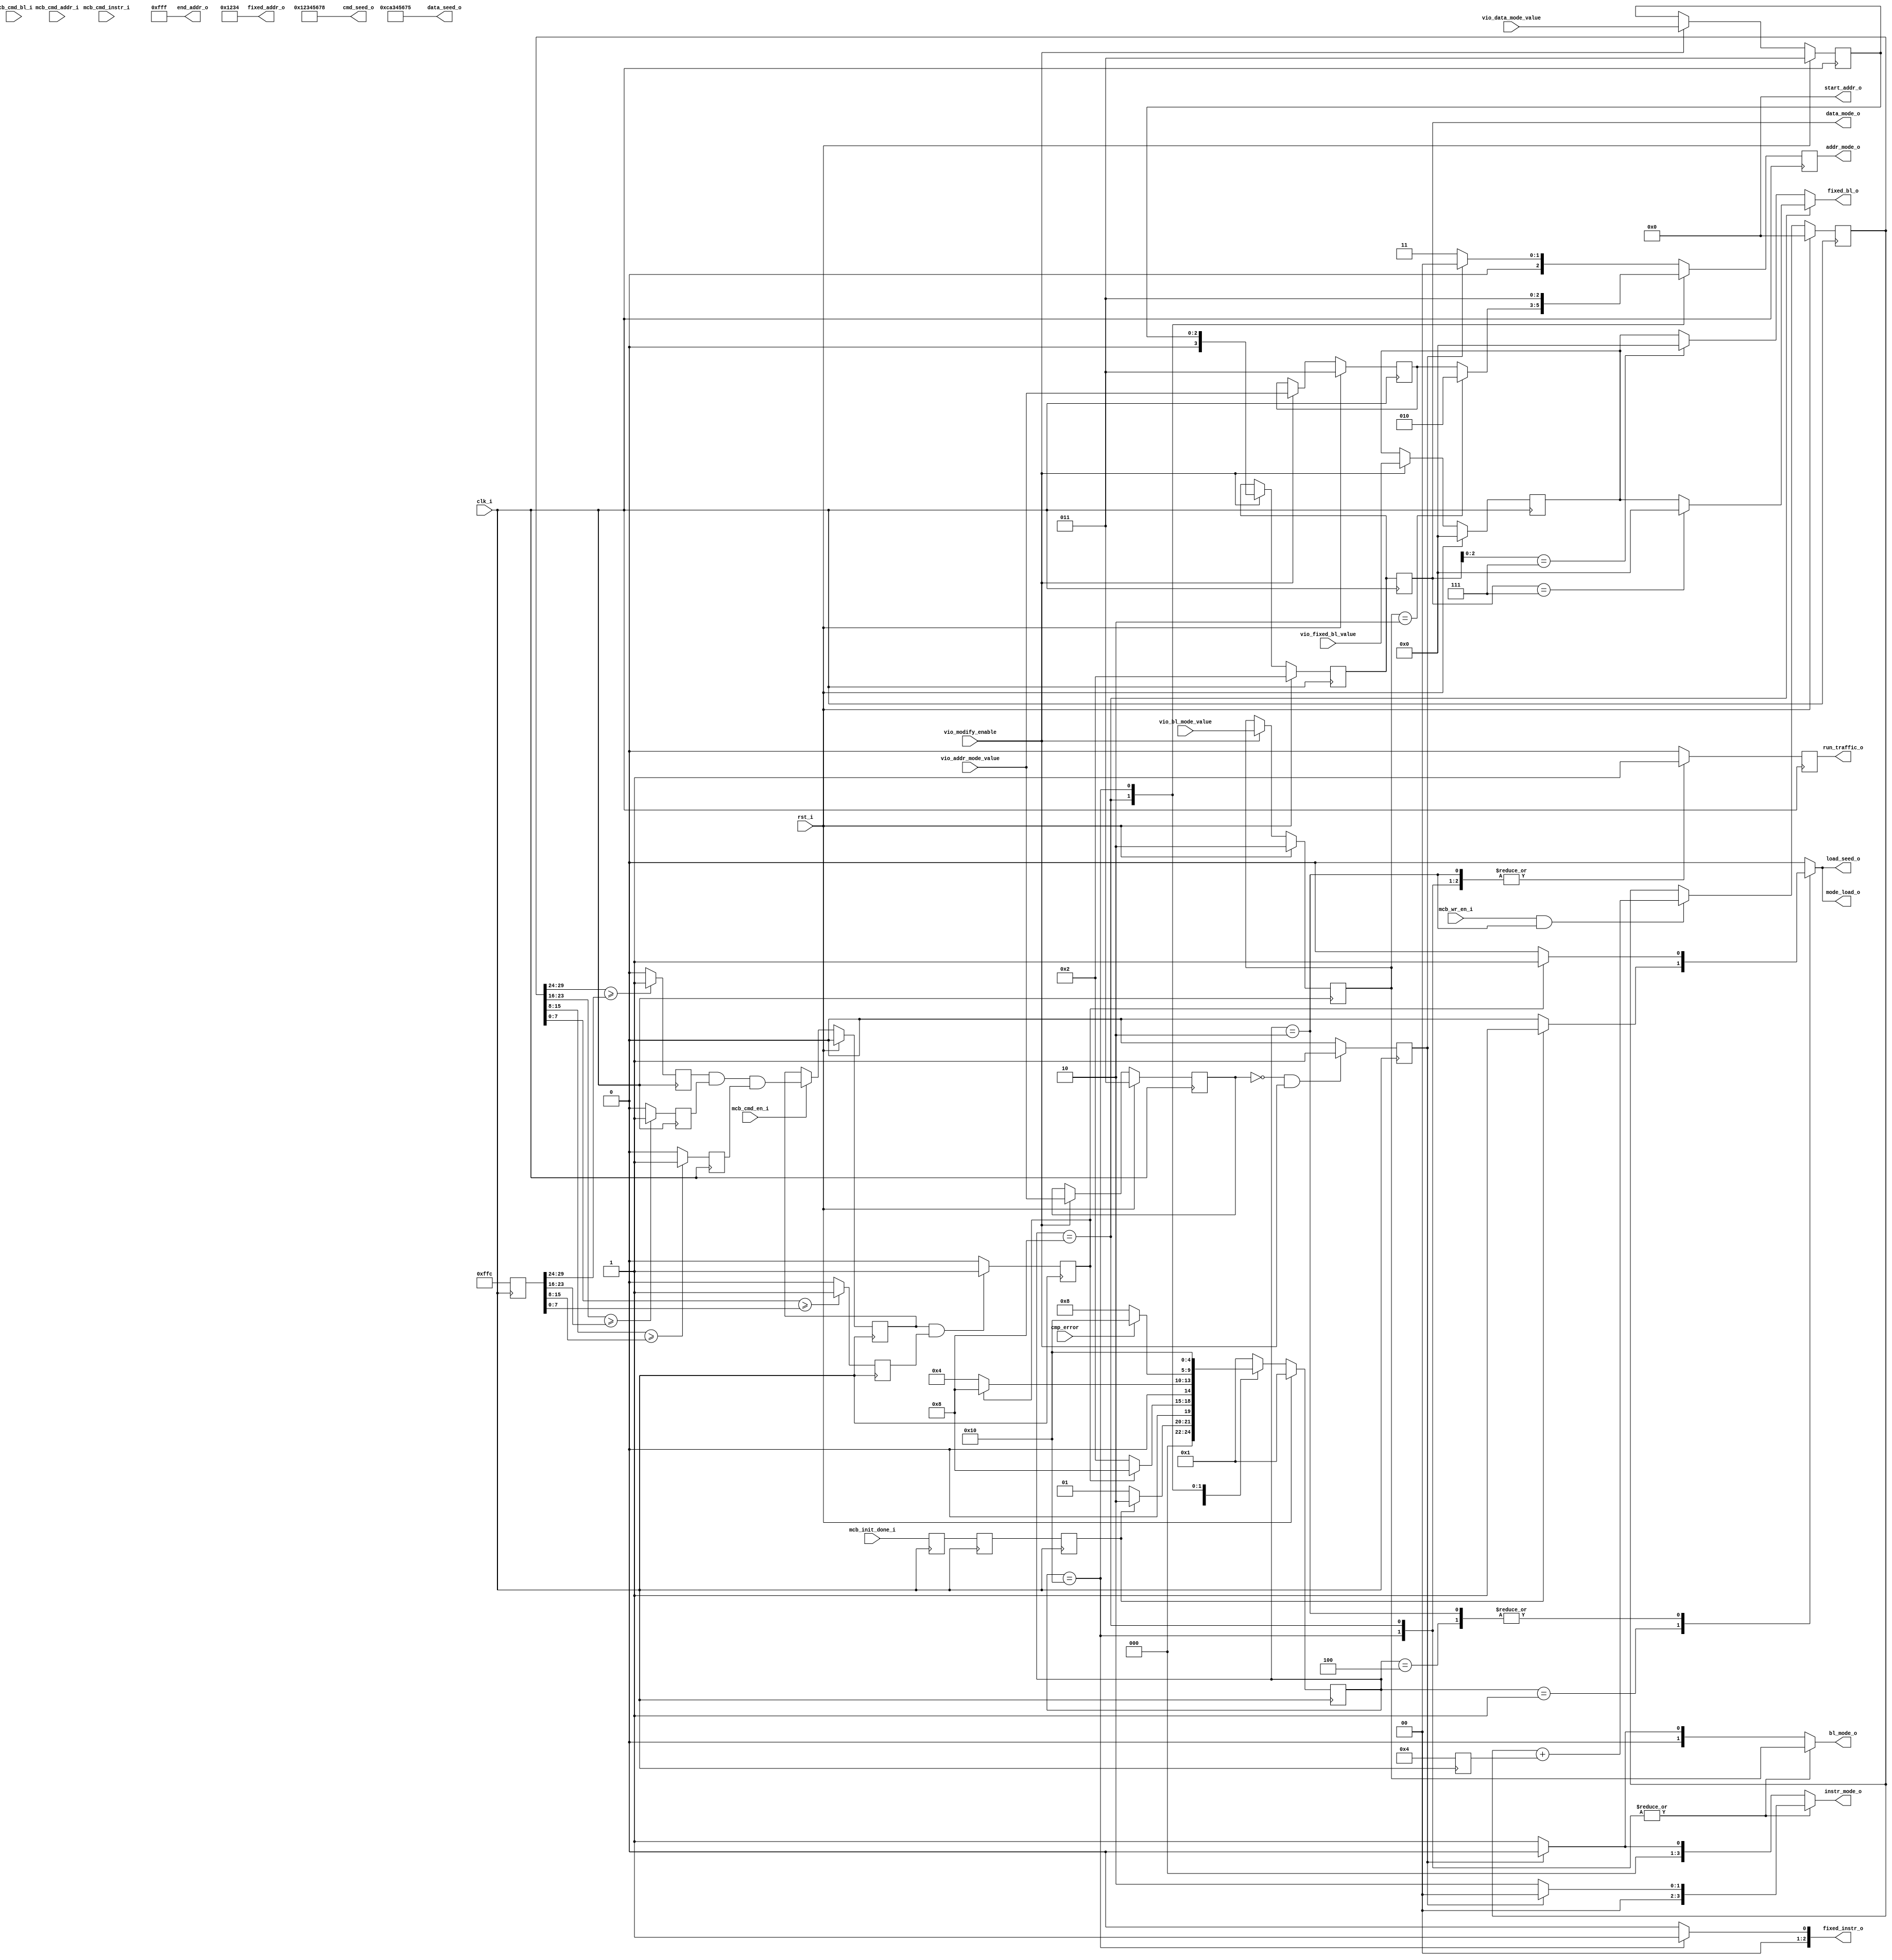
//*****************************************************************************
// (c) Copyright 2008-2009 Xilinx, Inc. All rights reserved.
//
// This file contains confidential and proprietary information
// of Xilinx, Inc. and is protected under U.S. and
// international copyright and other intellectual property
// laws.
//
// DISCLAIMER
// This disclaimer is not a license and does not grant any
// rights to the materials distributed herewith. Except as
// otherwise provided in a valid license issued to you by
// Xilinx, and to the maximum extent permitted by applicable
// law: (1) THESE MATERIALS ARE MADE AVAILABLE "AS IS" AND
// WITH ALL FAULTS, AND XILINX HEREBY DISCLAIMS ALL WARRANTIES
// AND CONDITIONS, EXPRESS, IMPLIED, OR STATUTORY, INCLUDING
// BUT NOT LIMITED TO WARRANTIES OF MERCHANTABILITY, NON-
// INFRINGEMENT, OR FITNESS FOR ANY PARTICULAR PURPOSE; and
// (2) Xilinx shall not be liable (whether in contract or tort,
// including negligence, or under any other theory of
// liability) for any loss or damage of any kind or nature
// related to, arising under or in connection with these
// materials, including for any direct, or any indirect,
// special, incidental, or consequential loss or damage
// (including loss of data, profits, goodwill, or any type of
// loss or damage suffered as a result of any action brought
// by a third party) even if such damage or loss was
// reasonably foreseeable or Xilinx had been advised of the
// possibility of the same.
//
// CRITICAL APPLICATIONS
// Xilinx products are not designed or intended to be fail-
// safe, or for use in any application requiring fail-safe
// performance, such as life-support or safety devices or
// systems, Class III medical devices, nuclear facilities,
// applications related to the deployment of airbags, or any
// other applications that could lead to death, personal
// injury, or severe property or environmental damage
// (individually and collectively, "Critical
// Applications"). Customer assumes the sole risk and
// liability of any use of Xilinx products in Critical
// Applications, subject only to applicable laws and
// regulations governing limitations on product liability.
//
// THIS COPYRIGHT NOTICE AND DISCLAIMER MUST BE RETAINED AS
// PART OF THIS FILE AT ALL TIMES.
//
//*****************************************************************************
//   ____  ____
//  /   /\/   /
// /___/  \  /    Vendor: Xilinx
// \   \   \/     Version: %version
//  \   \         Application: MIG
//  /   /         Filename: init_mem_pattern_ctr.v
// /___/   /\     Date Last Modified: $Date: 2010/10/27 17:39:43 $
// \   \  /  \    Date Created: Fri Sep 01 2006
//  \___\/\___\
//
//Device: Spartan6
//Design Name: DDR/DDR2/DDR3/LPDDR 
//Purpose: This moduel has a small FSM to control the operation of 
//         mcb_traffic_gen module.It first fill up the memory with a selected 
//         DATA pattern and then starts the memory testing state.
//Reference:
//Revision History: 1.1 Modify to allow data_mode_o to be controlled by parameter DATA_MODE
//                      and the fixed_bl_o is fixed at 64 if data_mode_o == PRBA and FAMILY == "SPARTAN6"
//                      The fixed_bl_o in Virtex6 is determined by the MEM_BURST_LENGTH.
//                  1.2 10-1-2009 Added parameter TST_MEM_INSTR_MODE to select instruction pattern during 
//                      memory testing phase.	   
//                  1.3    05/19/2010 If MEM_BURST_LEN value is passed with value of zero, it is treated as
//                                    "OTF" Burst Mode and TG will only generate BL 8 traffic.


//*****************************************************************************

`timescale 1ps/1ps





module init_mem_pattern_ctr #
  (
   parameter TCQ           = 100,  
   parameter FAMILY         = "SPARTAN6",      // VIRTEX6, SPARTAN6
   parameter TST_MEM_INSTR_MODE = "R_W_INSTR_MODE", // Spartan6 Available commands: 
                                                    // "FIXED_INSTR_R_MODE", "FIXED_INSTR_W_MODE"
                                                    // "R_W_INSTR_MODE", "RP_WP_INSTR_MODE 
                                                    // "R_RP_W_WP_INSTR_MODE", "R_RP_W_WP_REF_INSTR_MODE"
                                                    // Virtex 6 Available commands:
                                                    // "FIXED_INSTR_R_MODE" - Only Read commands will be generated.
                                                    // "FIXED_INSTR_W_MODE" -- Only Write commands will be generated.
                                                    // "R_W_INSTR_MODE"     - Random Read/Write commands will be generated.
   parameter MEM_BURST_LEN  = 8,                    // VIRTEX 6 Option. 
   parameter CMD_PATTERN    = "CGEN_ALL",           // "CGEN_ALL" option generates all available
                                                    // commands pattern.
   parameter BEGIN_ADDRESS  = 32'h00000000, 
   parameter END_ADDRESS  = 32'h00000fff,   
   parameter ADDR_WIDTH     = 30,
   parameter DWIDTH        = 32,
   parameter CMD_SEED_VALUE   = 32'h12345678,
   parameter DATA_SEED_VALUE  = 32'hca345675,
   parameter DATA_MODE     = 4'b0010,
   parameter PORT_MODE     = "BI_MODE", // V6 Option: "BI_MODE"; SP6 Option: "WR_MODE", "RD_MODE", "BI_MODE"
   parameter EYE_TEST      = "FALSE"  // set EYE_TEST = "TRUE" to probe memory signals.
                                      // Traffic Generator will only write to one single location and no
                                      // read transactions will be generated.
   
   )
  (
   input           clk_i,
   input           rst_i,
   
   input [ADDR_WIDTH-1:0]   mcb_cmd_addr_i,
   input [5:0]    mcb_cmd_bl_i,
   input          mcb_cmd_en_i,
   input [2:0]    mcb_cmd_instr_i,        
   input          mcb_wr_en_i,
   input          vio_modify_enable,            // 0: default to ADDR as DATA PATTERN. No runtime change in data mode.
                                                // 1: enable exteral VIO to control the data_mode pattern
                                                //    and address mode pattern during runtime.
   input [2:0]    vio_data_mode_value,
   input [2:0]    vio_addr_mode_value,
   input [1:0]    vio_bl_mode_value,
   input [5:0]    vio_fixed_bl_value,  // valid range is:  from 1 to 64.
   
   input           mcb_init_done_i,
   input           cmp_error,
   output reg          run_traffic_o,
  // runtime parameter
   output [31:0]             start_addr_o,   // define the start of address
   output [31:0]             end_addr_o,
   output [31:0]             cmd_seed_o,    // same seed apply to all addr_prbs_gen, bl_prbs_gen, instr_prbs_gen
   output [31:0]             data_seed_o,
   output  reg                  load_seed_o,   // 
   // upper layer inputs to determine the command bus and data pattern
   // internal traffic generator initialize the memory with 
   output reg [2:0]              addr_mode_o,  // "00" = bram; takes the address from bram output
                                          // "001" = fixed address from the fixed_addr input
                                          // "010" = psuedo ramdom pattern; generated from internal 64 bit LFSR
                                          // "011" = sequential
  
  
  // for each instr_mode, traffic gen fill up with a predetermined pattern before starting the instr_pattern that defined
  // in the instr_mode input. The runtime mode will be automatically loaded inside when it is in 
   output reg [3:0]              instr_mode_o, // "0000" = Fixed
                                              // "0001" = bram; takes instruction from bram output
                                              // "0010" = R/W
                                              // "0011" = RP/WP
                                              // "0100" = R/RP/W/WP
                                              // "0101" = R/RP/W/WP/REF
                                       
                                        
   output reg [1:0]              bl_mode_o,    // "00" = bram;   takes the burst length from bram output
                                        // "01" = fixed , takes the burst length from the fixed_bl input
                                        // "10" = psuedo ramdom pattern; generated from internal 16 bit LFSR
   
   output reg [3:0]              data_mode_o,   // "00" = bram; 
                                         // "01" = fixed data from the fixed_data input
                                         // "10" = psuedo ramdom pattern; generated from internal 32 bit LFSR
                                         // "11" = sequential using the addrs as the starting data pattern
   output reg                   mode_load_o,
 
   // fixed pattern inputs interface
   output reg [5:0]              fixed_bl_o,      // range from 1 to 64
   output reg [2:0]              fixed_instr_o,   //RD              3'b001
                                            //RDP             3'b011
                                            //WR              3'b000
                                            //WRP             3'b010
                                            //REFRESH         3'b100
   output  [31:0]             fixed_addr_o // only upper 30 bits will be used
   
  );

   //FSM State Defination
parameter IDLE           = 5'b00001,
          INIT_MEM_WRITE = 5'b00010,
          INIT_MEM_READ  = 5'b00100,
          TEST_MEM       = 5'b01000,
          CMP_ERROR      = 5'b10000;


localparam BRAM_ADDR       = 2'b00;
localparam FIXED_ADDR      = 2'b01;
localparam PRBS_ADDR       = 2'b10;
localparam SEQUENTIAL_ADDR = 2'b11;

localparam  BRAM_INSTR_MODE        =    4'b0000;
localparam  FIXED_INSTR_MODE         =   4'b0001;
localparam  R_W_INSTR_MODE          =   4'b0010;
localparam  RP_WP_INSTR_MODE        =   4'b0011;
localparam R_RP_W_WP_INSTR_MODE     =   4'b0100;
localparam R_RP_W_WP_REF_INSTR_MODE =   4'b0101;
                                     
localparam BRAM_BL_MODE          =   2'b00;
localparam FIXED_BL_MODE         =   2'b01;
localparam PRBS_BL_MODE          =   2'b10;

localparam BRAM_DATAL_MODE       =    4'b0000;
localparam FIXED_DATA_MODE       =    4'b0001;
localparam ADDR_DATA_MODE        =    4'b0010;                                     
localparam HAMMER_DATA_MODE      =    4'b0011;
localparam NEIGHBOR_DATA_MODE    =    4'b0100;
localparam WALKING1_DATA_MODE    =    4'b0101;
localparam WALKING0_DATA_MODE    =    4'b0110;
localparam PRBS_DATA_MODE        =    4'b0111;

// type fixed instruction
localparam  RD_INSTR       =  3'b001;
localparam  RDP_INSTR      =  3'b011;
localparam  WR_INSTR       =  3'b000;

localparam  WRP_INSTR      =  3'b010;
localparam  REFRESH_INSTR  =  3'b100;
localparam  NOP_WR_INSTR   =  3'b101;


reg [4:0] current_state;
reg [4:0] next_state;
reg       mcb_init_done_reg;
reg AC2_G_E2,AC1_G_E1,AC3_G_E3;
reg upper_end_matched;
reg [31:0] end_boundary_addr;     
reg [31:0] mcb_cmd_addr_r;

reg mcb_cmd_en_r;
//reg [ADDR_WIDTH-1:0] mcb_cmd_addr_r;
reg [5:0] mcb_cmd_bl_r;
reg lower_end_matched;   
reg end_addr_reached;
reg run_traffic;
reg bram_mode_enable;
wire tst_matched;
reg [31:0] current_address;
reg [5:0]  fix_bl_value;
reg [3:0] data_mode_sel;
reg [2:0] addr_mode_sel;
reg [1:0] bl_mode_sel;
reg [2:0] addr_mode;
reg [10:0] INC_COUNTS;
wire [5:0] FIXEDBL;
wire [3:0] test_mem_instr_mode;

assign test_mem_instr_mode = (TST_MEM_INSTR_MODE == "BRAM_INSTR_MODE")               ? 4'b0000:
                             (TST_MEM_INSTR_MODE == "FIXED_INSTR_R_MODE"  ||
                              TST_MEM_INSTR_MODE == "FIXED_INSTR_W_MODE")              ? 4'b0001:
                             (TST_MEM_INSTR_MODE == "R_W_INSTR_MODE")                                    ? 4'b0010:
                             (TST_MEM_INSTR_MODE == "RP_WP_INSTR_MODE"         && FAMILY == "SPARTAN6")  ? 4'b0011:
                             (TST_MEM_INSTR_MODE == "R_RP_W_WP_INSTR_MODE"     && FAMILY == "SPARTAN6")  ? 4'b0100:
                             (TST_MEM_INSTR_MODE == "R_RP_W_WP_REF_INSTR_MODE" && FAMILY == "SPARTAN6")  ? 4'b0101:
                             4'b0010;




assign FIXEDBL = 64; // This is fixed for current Spartan 6 Example Design














generate
if (FAMILY == "SPARTAN6" ) begin : INC_COUNTS_S
    
always @ (posedge clk_i)
    INC_COUNTS <= (DWIDTH/8);
    
end
endgenerate






generate
if (FAMILY == "VIRTEX6" ) begin : INC_COUNTS_V
always @ (posedge clk_i)
begin
if ( (DWIDTH >= 256 && DWIDTH <= 576))          // 64  144
     INC_COUNTS <= 32  ;
else if ((DWIDTH >= 128) && (DWIDTH <= 224))    // 32 dq pins or 566 dq pins
     INC_COUNTS <= 16     ;
else if ((DWIDTH == 64) || (DWIDTH == 96))      // 16 dq pins or 24 dqpins
     INC_COUNTS <= 8  ;
else if ((DWIDTH == 32) )      // 8 dq pins 
     INC_COUNTS <= 4 ;
end
end
endgenerate


always @ (posedge clk_i)
begin
if (rst_i)
    current_address <= BEGIN_ADDRESS;
else if (mcb_wr_en_i && (current_state == INIT_MEM_WRITE && (PORT_MODE == "WR_MODE" || PORT_MODE == "BI_MODE"))
         || (mcb_wr_en_i && (current_state == IDLE && PORT_MODE == "RD_MODE")) )
    current_address <= current_address + INC_COUNTS;
else
    current_address <= current_address;

end    


always @ (posedge clk_i)
begin
  if (current_address[29:24] >= end_boundary_addr[29:24])
      AC3_G_E3 <= 1'b1;
  else
      AC3_G_E3 <= 1'b0;
  
  
    if (current_address[23:16] >= end_boundary_addr[23:16])
      AC2_G_E2 <= 1'b1;
  else
      AC2_G_E2 <= 1'b0;
  
  if (current_address[15:8] >= end_boundary_addr[15:8])
      AC1_G_E1 <= 1'b1;
else
      AC1_G_E1 <= 1'b0;
  
  
end
always @(posedge clk_i)
begin
if (rst_i)
     upper_end_matched <= 1'b0;
 
 else if (mcb_cmd_en_i)
     upper_end_matched <= AC3_G_E3 & AC2_G_E2 & AC1_G_E1;
end   

wire [6:0] FIXED_BL_VALUE;
assign FIXED_BL_VALUE = (FAMILY == "VIRTEX6" && (MEM_BURST_LEN == 8 || MEM_BURST_LEN == 0)) ? 2 :
                        (FAMILY == "VIRTEX6" && MEM_BURST_LEN == 4) ? 1 :
                         FIXEDBL;

always @(posedge clk_i)
begin
//   end_boundary_addr <= (END_ADDRESS[31:0] - (DWIDTH/8)*FIXEDBL +1) ;
     end_boundary_addr <= (END_ADDRESS[31:0] - (DWIDTH/8) +1) ;

end   



always @(posedge clk_i)
begin
  if (current_address[7:0] >= end_boundary_addr[7:0])

   lower_end_matched <= 1'b1;
  else
   lower_end_matched <= 1'b0;
  
end   


always @(posedge clk_i)
begin
  if (mcb_cmd_en_i )
   mcb_cmd_addr_r <= mcb_cmd_addr_i;
end   


always @(posedge clk_i)
begin
  if (mcb_cmd_en_i)
   mcb_cmd_bl_r <= mcb_cmd_bl_i;
end   

always @(posedge clk_i)
begin
   if ((upper_end_matched && lower_end_matched && FAMILY == "SPARTAN6" && DWIDTH == 32) ||
      (upper_end_matched && lower_end_matched && FAMILY == "SPARTAN6" && DWIDTH == 64) ||   
      (upper_end_matched && DWIDTH == 128 && FAMILY == "SPARTAN6") ||
      (upper_end_matched && lower_end_matched && FAMILY == "VIRTEX6"))
      end_addr_reached <= 1'b1;
   else    
      end_addr_reached <= 1'b0;

end 

 
assign tst_matched = upper_end_matched & lower_end_matched;

assign   fixed_addr_o = 32'h00001234;


  //mcb_init_done_i is clocked by calibration clock
reg           mcb_init_done_i_r1;
reg           mcb_init_done_i_r2;

 always @ (posedge clk_i)
 begin
      mcb_init_done_i_r1 <= mcb_init_done_i;
      mcb_init_done_i_r2 <= mcb_init_done_i_r1;
      mcb_init_done_reg  <= mcb_init_done_i_r2;
end

 always @ (posedge clk_i)
       run_traffic_o <= run_traffic;


 
 always @ (posedge clk_i)
 begin
    if (rst_i)
        current_state <= 5'b00001;
    else
        current_state <= next_state;
 end

   assign          start_addr_o  = BEGIN_ADDRESS;//BEGIN_ADDRESS;
   assign          end_addr_o    = END_ADDRESS;
   assign          cmd_seed_o    = CMD_SEED_VALUE;
   assign          data_seed_o   = DATA_SEED_VALUE;


reg [2:0] syn1_vio_data_mode_value;
reg [2:0] syn1_vio_addr_mode_value;


 always @ (posedge clk_i)
 begin
   if (rst_i) begin
        syn1_vio_data_mode_value <= 3'b011;
        syn1_vio_addr_mode_value <= 2'b11;
       end        
 else if (vio_modify_enable == 1'b1) begin
   syn1_vio_data_mode_value <= vio_data_mode_value;
   syn1_vio_addr_mode_value <= vio_addr_mode_value;
   end
 end
 

 always @ (posedge clk_i)
 begin
 if (rst_i) begin
       data_mode_sel <= DATA_MODE;//ADDR_DATA_MODE;
       addr_mode_sel <= 2'b11;
       end
 else if (vio_modify_enable == 1'b1) begin
       data_mode_sel <= syn1_vio_data_mode_value[2:0];
       addr_mode_sel <= vio_addr_mode_value;
       end
 end

 always @ (posedge clk_i)
 begin
 if (rst_i  || FAMILY == "VIRTEX6") 
       fix_bl_value <= FIXED_BL_VALUE;//ADDR_DATA_MODE;

 else if (vio_modify_enable == 1'b1) begin
       fix_bl_value <= vio_fixed_bl_value;
       end
 end

 always @ (posedge clk_i)
 begin
 if (rst_i || (FAMILY == "VIRTEX6")) 
      if  (FAMILY == "VIRTEX6")
         bl_mode_sel <= FIXED_BL_MODE;
      else
       bl_mode_sel <= PRBS_BL_MODE;
 else if (vio_modify_enable == 1'b1) begin
       bl_mode_sel <= vio_bl_mode_value;
       end
 end





always @ (posedge clk_i)
begin
    data_mode_o   <= data_mode_sel;
    addr_mode_o   <= addr_mode;
    
    // assuming if vio_modify_enable is enabled and vio_addr_mode_value is set to zero
    // user wants to have bram interface.
    if (syn1_vio_addr_mode_value == 0 && vio_modify_enable == 1'b1)
        bram_mode_enable <=  1'b1;
    else
        bram_mode_enable <=  1'b0;
    
 end
 

always @ (*)
begin
             load_seed_o   = 1'b0;
             if (CMD_PATTERN == "CGEN_BRAM" || bram_mode_enable )
                 addr_mode = 'b0;
             else
                 addr_mode   = SEQUENTIAL_ADDR;

             if (CMD_PATTERN == "CGEN_BRAM" || bram_mode_enable )
                 instr_mode_o = 'b0;
             else
                 instr_mode_o   = FIXED_INSTR_MODE;


             if (CMD_PATTERN == "CGEN_BRAM" || bram_mode_enable )
                 bl_mode_o = 'b0;
             else
                 bl_mode_o   = FIXED_BL_MODE;

           
             
             if (FAMILY == "VIRTEX6")
                 fixed_bl_o = FIXED_BL_VALUE;
                                                 // PRBS mode
             else if (data_mode_o[2:0] == 3'b111 && FAMILY == "SPARTAN6")
                 fixed_bl_o = 64;  // Our current PRBS algorithm wants to maximize the range bl from 1 to 64.
             else
                  fixed_bl_o    = fix_bl_value;
                 
                 
                 
             mode_load_o   = 1'b0;
             run_traffic = 1'b0;   
             next_state = IDLE;

             if (PORT_MODE == "RD_MODE") begin
               fixed_instr_o = RD_INSTR;
             end
              else if( PORT_MODE == "WR_MODE" || PORT_MODE == "BI_MODE") begin
               fixed_instr_o = WR_INSTR;
             end
             
case(current_state)
   IDLE:  
        begin
         if(mcb_init_done_reg )   //rdp_rdy_i comes from read_data path
            begin
              if (PORT_MODE == "WR_MODE" || PORT_MODE == "BI_MODE") begin
                 next_state = INIT_MEM_WRITE;
              mode_load_o = 1'b1;
              run_traffic = 1'b0;
              load_seed_o   = 1'b1;
             end
              else if (PORT_MODE == "RD_MODE" && end_addr_reached) begin
                    next_state = TEST_MEM;
                    mode_load_o = 1'b1;
                    run_traffic = 1'b1;
              load_seed_o   = 1'b1;
                    
              end
            end
         else
              begin
              next_state = IDLE;
              run_traffic = 1'b0;
              load_seed_o   = 1'b0;
              
              end
         
         end
   INIT_MEM_WRITE:  begin
   
         if (end_addr_reached  && EYE_TEST == "FALSE"  )
            begin
               next_state = TEST_MEM;
               mode_load_o = 1'b1;
               load_seed_o   = 1'b1;
               run_traffic = 1'b1;
               
            end   
          else
             begin
               next_state = INIT_MEM_WRITE;
              run_traffic = 1'b1; 
              mode_load_o = 1'b0;
              load_seed_o   = 1'b0;
              if (EYE_TEST == "TRUE")  
                addr_mode   = FIXED_ADDR;
              else if (CMD_PATTERN == "CGEN_BRAM" || bram_mode_enable )
                addr_mode = 'b0;
              else
                addr_mode   = SEQUENTIAL_ADDR;
              
             end  
         
        end
      
   INIT_MEM_READ:  begin
   
         if (end_addr_reached  )
            begin
               next_state = TEST_MEM;
               mode_load_o = 1'b1;
              load_seed_o   = 1'b1;
               
            end   
          else
             begin
               next_state = INIT_MEM_READ;
              run_traffic = 1'b0; 
              mode_load_o = 1'b0;
              load_seed_o   = 1'b0;
              
             end  
         
        end
   TEST_MEM: begin  
         if (cmp_error)
               next_state = CMP_ERROR;
               
         else
           next_state = TEST_MEM;
           run_traffic = 1'b1;
       

           if (PORT_MODE == "BI_MODE" && TST_MEM_INSTR_MODE == "FIXED_INSTR_W_MODE")
                fixed_instr_o = WR_INSTR;
           else if (PORT_MODE == "BI_MODE" && TST_MEM_INSTR_MODE == "FIXED_INSTR_R_MODE")
                fixed_instr_o = RD_INSTR;                
           else if (PORT_MODE == "RD_MODE")
              fixed_instr_o = RD_INSTR;
           
           else if( PORT_MODE == "WR_MODE") 
              fixed_instr_o = WR_INSTR;
           
        
             if (FAMILY == "VIRTEX6")
                 fixed_bl_o = fix_bl_value;
             else if ((data_mode_o == 3'b111) && (FAMILY == "SPARTAN6"))
                 fixed_bl_o = 64;  // Our current PRBS algorithm wants to maximize the range bl from 1 to 64.
             else
            fixed_bl_o    = fix_bl_value;
                 
           bl_mode_o     = bl_mode_sel;//FIXED_BL_MODE;//PRBS_BL_MODE;//PRBS_BL_MODE; //FIXED_BL_MODE;

              if (bl_mode_o == PRBS_BL_MODE)  
                addr_mode   = PRBS_ADDR;
              else
                addr_mode   = addr_mode_sel;

           
           
           if(PORT_MODE == "BI_MODE") begin
               if(CMD_PATTERN == "CGEN_BRAM" || bram_mode_enable )
                   instr_mode_o  = BRAM_INSTR_MODE;
               else
                   instr_mode_o  = test_mem_instr_mode;//R_RP_W_WP_REF_INSTR_MODE;//FIXED_INSTR_MODE;//R_W_INSTR_MODE;//R_RP_W_WP_INSTR_MODE;//R_W_INSTR_MODE;//R_W_INSTR_MODE; //FIXED_INSTR_MODE;//
              end
           else if (PORT_MODE == "RD_MODE" || PORT_MODE == "WR_MODE") begin
               instr_mode_o  = FIXED_INSTR_MODE;
           end
              
         end
   
   
   

   
   CMP_ERROR: 
        begin
               next_state = CMP_ERROR;
               bl_mode_o     = bl_mode_sel;//PRBS_BL_MODE;//PRBS_BL_MODE; //FIXED_BL_MODE;
               fixed_instr_o = RD_INSTR;
               addr_mode   = SEQUENTIAL_ADDR;//PRBS_ADDR;//PRBS_ADDR;//PRBS_ADDR;//SEQUENTIAL_ADDR;   
               if(CMD_PATTERN == "CGEN_BRAM" || bram_mode_enable )
                   instr_mode_o  = BRAM_INSTR_MODE;//
               else
                   instr_mode_o  = test_mem_instr_mode;//FIXED_INSTR_MODE;//R_W_INSTR_MODE;//R_RP_W_WP_INSTR_MODE;//R_W_INSTR_MODE;//R_W_INSTR_MODE; //FIXED_INSTR_MODE;//
               
               run_traffic = 1'b1;       // ?? keep it running or stop if error happened

        end
   default:
          begin
            next_state = IDLE;       
           //run_traffic = 1'b0;              

        end
  
 endcase
 end




endmodule